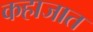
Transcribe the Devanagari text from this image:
कहाजात